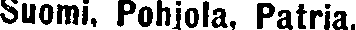
Suomi, Pohjola, Patria.